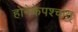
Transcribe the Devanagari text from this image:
होनेकेपश्चात्